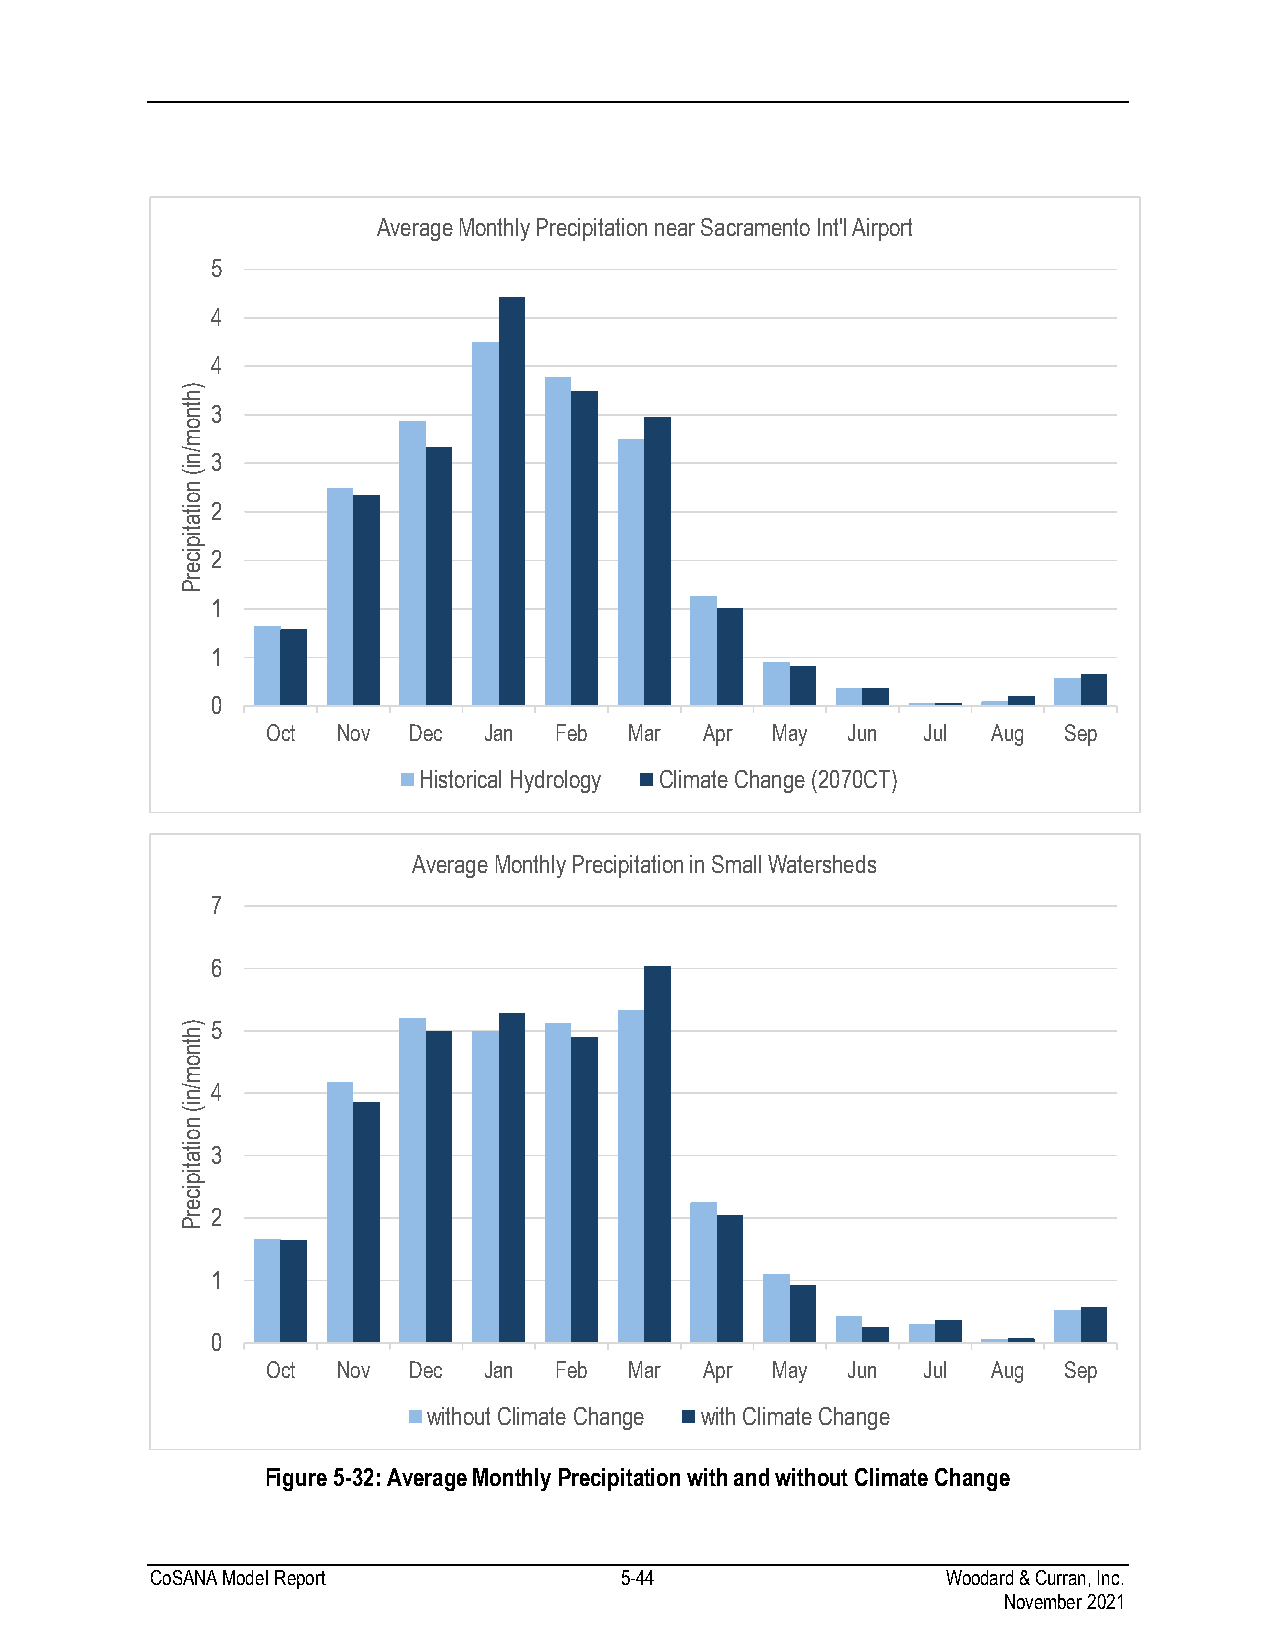
Average Monthly Precipitation near Sacramento Int'l Airport
 5
 4
 4
 )
 h
 tn3
 o
 m
 /n3
 i(
 n
 o
 ita2
 tip
 ic2
 e
 r
 P
 1
 1
 0
 Oct Nov  Dec  Jan  Feb  Mar  Apr May  Jun  Jul  Aug Sep
 Historical Hydrology Climate Change (2070CT)
 Average Monthly Precipitation in Small Watersheds
 7
 6
 )5
 h
 tn
 o
 m
 /n4
 i(
 n
 o
 ita3
 tip
 ic
 e
 r2
 P
 1
 0
 Oct Nov  Dec  Jan  Feb  Mar  Apr May  Jun  Jul  Aug Sep
 without Climate Change with Climate Change
 Figure 5-32: Average Monthly Precipitation with and without Climate Change
 CoSANA Model Report            5-44                  Woodard & Curran, Inc.
 November 2021